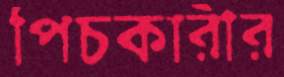
পিচকারীর